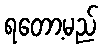
ရတော့မည်